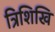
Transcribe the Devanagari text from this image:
त्रिशिखि